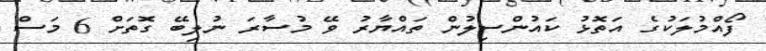
ފޯއްމުލަކުގެ އަތޮޅު ކައުންސިލުން ތައްޔާރު ވޭ މުސާރަ ނުލިބޭ ގޮތަށް 6 މަސް